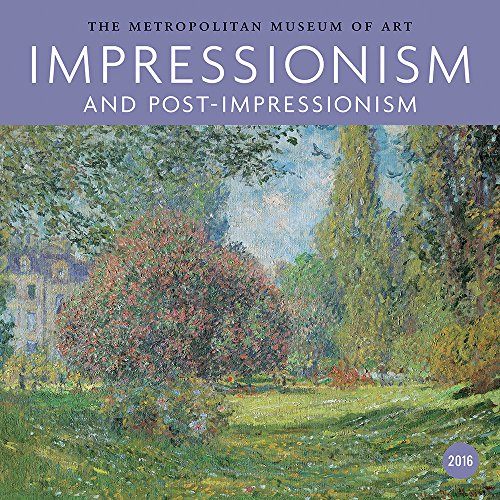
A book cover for Impressionism 2016 Wall Calendar: Impressionism and Post-Impressionism 2016 Wall Calendar; Metropolitan Museum Of Art; Calendars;